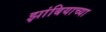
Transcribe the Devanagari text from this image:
झांबियाच्या